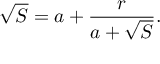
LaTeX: { \sqrt { S } } = a + { \frac { r } { a + { \sqrt { S } } } } .